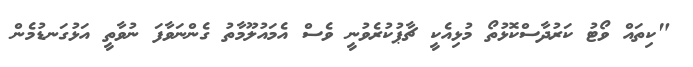
"ކިތައް ވޯޓު ކަރުދާސްކޮޅުތޯ މުޅިއެކީ ޗާޕުކުރެވުނީ ވެސް އެމައުލޫމާތު ގެންނަވާފަ ނުވާތީ އަޅުގަނޑުމެން